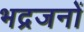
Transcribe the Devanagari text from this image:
भद्रजनों